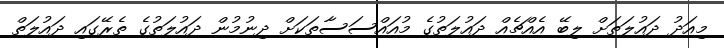
މިއަދު ދައުލަތަށް ލިބޭ އެއްޗެއް ދައުލަތުގެ މުއައްސަސާތަކަށް ދިނުމުން ދައުލަތުގެ ތެރޭގައި ދައުލަތް